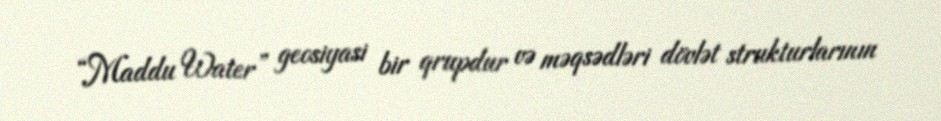
“Maddu Water” geosiyasi bir qrupdur və məqsədləri dövlət strukturlarının